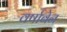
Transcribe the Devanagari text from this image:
वर्षाबेन